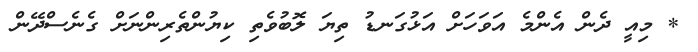
* މިއީ ދެން އެންމެ އަވަހަށް އަޅުގަނޑު ތިޔަ ލޮބުވެތި ކިޔުންތެރިންނަށް ގެނެސްދޭން